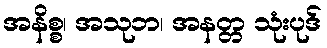
အနိစ္စ၊ အသုဘ၊ အနတ္တ သုံးပုဒ်